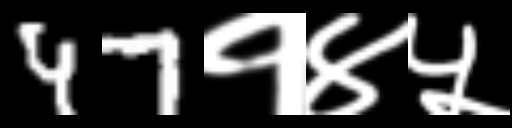
Text: 47१४५